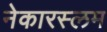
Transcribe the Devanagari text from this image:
नेकारस्लम